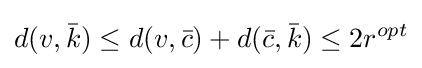
d(v,{\bar {k}})\leq d(v,{\bar {c}})+d({\bar {c}},{\bar {k}})\leq 2r^{opt}